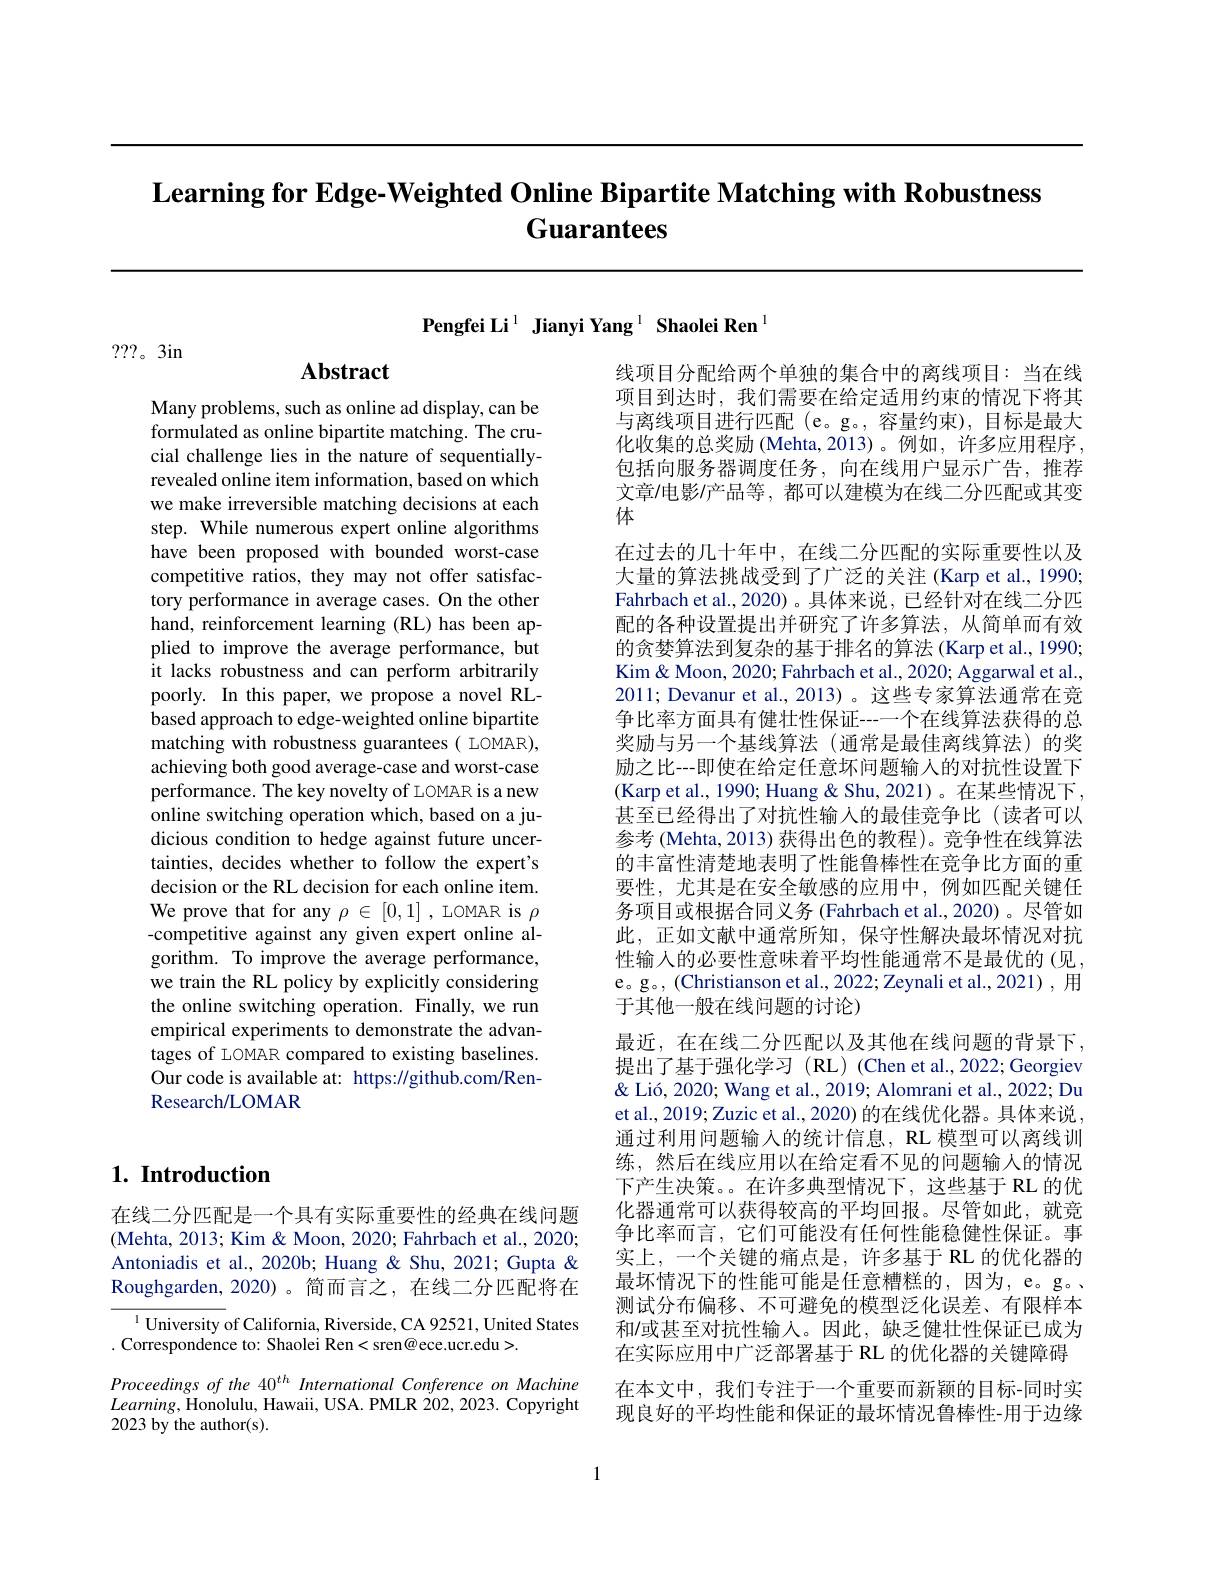
$\textbf{Learning for Edge- Weighted Online Bipartite Matching with Robustness}$
# Guarantees

Pengfei Li$^{1}$ Jianyi Yang$^{1}\textbf{ Shaolei Ren}^{1}$

???。3in

## Abstract

Many problems, such as online ad display, can be formulated as online bipartite matching. The crucial challenge lies in the nature of sequentiallyrevealed online item information, based on which we make irreversible matching decisions at each step. While numerous expert online algorithms have been proposed with bounded worst-case competitive ratios, they may not offer satisfactory performance in average cases. On the other hand, reinforcement learning (RL) has been applied to improve the average performance, but it lacks robustness and can perform arbitrarily poorly. In this paper, we propose a novel RLbased approach to edge-weighted online bipartite matching with robustness guarantees( LOMAR), achieving both good average-case and worst-case performance. The key novelty of LOMAR is a new online switching operation which, based on a judicious condition to hedge against future uncertainties, decides whether to follow the expert's decision or the RL decision for each online item. We prove that for any $\rho\in[0,1]$ ,LOMAR is $\rho$ -competitive against any given expert online algorithm. To improve the average performance, we train the RL policy by explicitly considering the online switching operation. Finally, we run empirical experiments to demonstrate the advantages of LOMAR compared to existing baselines. Our code is available at: https://github.com/RenResearch/LOMAR

## 1. Introduction

在线二分匹配是一个具有实际重要性的经典在线问题(Mehta, 2013; Kim & Moon, 2020; Fahrbach et al., 2020; Antoniadis et al., 2020b; Huang & Shu, 2021; Gupta & Roughgarden, 2020)。简而言之，在线二分匹配将在

$^{1}$University of California, Riverside, CA 92521, United States
. Correspondence to: Shaolei Ren<sren@ece.ucr.edu>.

Proceedings of the 40$^{th}$ International Conference on Machine $Learning$,Honolulu, Hawaii, USA. PMLR 202, 2023. Copyright 2023 by the author(s).

线项目分配给两个单独的集合中的离线项目：当在线项目到达时，我们需要在给定适用约束的情况下将其与离线项目进行匹配(e。g。,容量约束),目标是最大化收集的总奖励 (Mehta,2013)。例如，许多应用程序， 包括向服务器调度任务，向在线用户显示广告，推荐文章/电影/产品等，都可以建模为在线二分匹配或其变体
在过去的几十年中，在线二分匹配的实际重要性以及大量的算法挑战受到了广泛的关注 (Karp et al., 1990; Fahrbach et al., 2020) 。具体来说，已经针对在线二分匹配的各种设置提出并研究了许多算法，从简单而有效的贪婪算法到复杂的基于排名的算法 (Karp et al., 1990; Kim& Moon, 2020; Fahrbach et al., 2020; Aggarwal et al., 2011; Devanur et al., 2013) 。这些专家算法通常在竞争比率方面具有健壮性保证---个在线算法获得的总奖励与另一个基线算法(通常是最佳离线算法)的奖励之比---即使在给定任意坏问题输入的对抗性设置下(Karp et al., 1990; Huang & Shu, 2021)。在某些情况下， 甚至已经得出了对抗性输入的最佳竞争比(读者可以参考 (Mehta, 2013) 获得出色的教程)。竞争性在线算法的丰富性清楚地表明了性能鲁棒性在竞争比方面的重要性，尤其是在安全敏感的应用中，例如匹配关键任务项目或根据合同义务 (Fahrbach et al.,2020)。尽管如此，正如文献中通常所知，保守性解决最坏情况对抗性输入的必要性意味着平均性能通常不是最优的(见， e。g。(Christianson et al., 2022; Zeynali et al., 2021) , 用于其他一般在线问题的讨论)
最近，在在线二分匹配以及其他在线问题的背景下， 提出了基于强化学习(RL)(Chen et al.,2022;Georgiev & Lió, 2020; Wang et al., 2019; Alomrani et al., 2022; Du et al., 2019; Zuzic et al., 2020) 的在线优化器。具体来说， 通过利用问题输入的统计信息，RL 模型可以离线训练，然后在线应用以在给定看不见的问题输入的情况下产生决策。在许多典型情况下，这些基于 RL 的优化器通常可以获得较高的平均回报。尽管如此，就竞争比率而言，它们可能没有任何性能稳健性保证。事实上，一个关键的痛点是，许多基于 RL 的优化器的最坏情况下的性能可能是任意糟糕的，因为，e。g。测试分布偏移、不可避免的模型泛化误差、有限样本和/或甚至对抗性输入。因此，缺乏健壮性保证已成为在实际应用中广泛部署基于 RL 的优化器的关键障碍在本文中，我们专注于一个重要而新颖的目标-同时实现良好的平均性能和保证的最坏情况鲁棒性-用于边缘

1